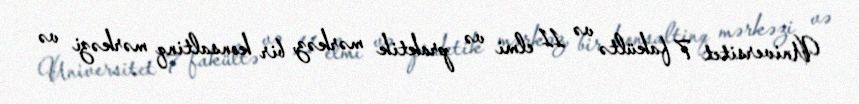
Universitet 7 fakültə və 11 elmi və praktik mərkəz, bir konsaltinq mərkəzi və